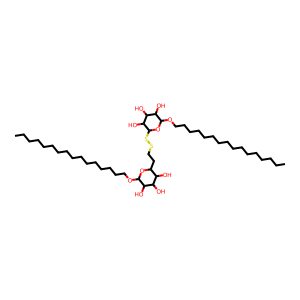
SMILES: CCCCCCCCCCCCCCCCOC1OC(CCSSC2OC(OCCCCCCCCCCCCCCCC)C(O)C(O)C2O)C(O)C(O)C1O
Inhibits HIV replication: No